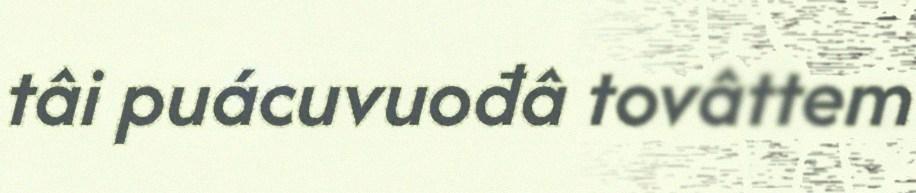
tâi puácuvuođâ tovâttem